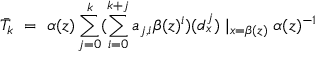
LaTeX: \bar { T } _ { k } \ = \ \alpha ( z ) \sum _ { j = 0 } ^ { k } ( \sum _ { i = 0 } ^ { k + j } a _ { j , i } \beta ( z ) ^ { i } ) ( d _ { x } ^ { j } ) \mid _ { x = \beta ( z ) } \alpha ( z ) ^ { - 1 }